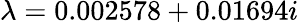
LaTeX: \lambda=0.002578+0.01694i